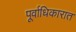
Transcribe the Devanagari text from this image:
पूर्वाधिकारात